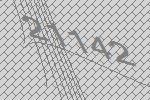
21142